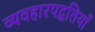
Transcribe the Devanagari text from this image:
व्यवहारपद्धतियाँ